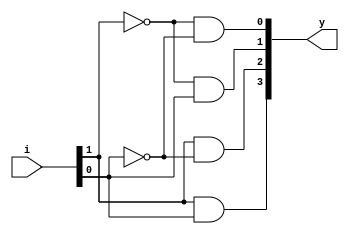
module decoder_2x4_dataflow(y,i);

input [1:0]i;
output [3:0]y;

assign y = { i[1] & i[0],
             i[1] &  ~i[0],
              ~i[1] & i[0],
              ~i[1] & ~i[0]};

endmodule